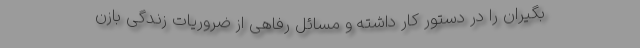
‌بگیران را در دستور کار داشته و مسائل رفاهی از ضروریات زندگی بازن